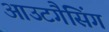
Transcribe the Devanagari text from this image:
आउटगैसिंग